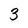
Character: 3